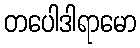
တပေါဒါရာမော